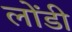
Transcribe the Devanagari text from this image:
लोंडी